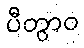
ပီတွာဝ